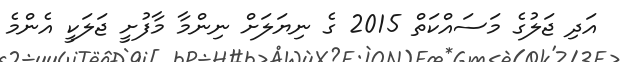
އަދި ޖަލުގެ މަސައްކަތް 2015 ގެ ނިޔަލަށް ނިންމާ މާފުށީ ޖަލަކީ އެންމެ